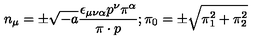
n _ { \mu } = \pm \sqrt { - a } \frac { \epsilon _ { \mu \nu \alpha } p ^ { \nu } \pi ^ { \alpha } } { \pi \cdot p } ; \pi _ { 0 } = \pm \sqrt { \pi _ { 1 } ^ { 2 } + \pi _ { 2 } ^ { 2 } }